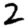
Digit: 2